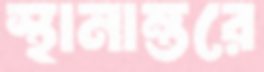
স্থানান্তরে